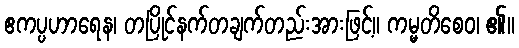
ဧကပ္ပဟာရေန၊ တပြိုင်နက်တချက်တည်းအားဖြင့်။ ကမ္မတိစေဝ၊ ၏။